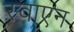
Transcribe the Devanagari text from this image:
स्वाएन